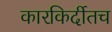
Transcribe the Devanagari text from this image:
कारकिर्दीतच